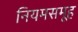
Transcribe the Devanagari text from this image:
नियमसमूह